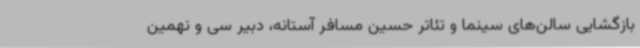
بازگشایی سالن‌های سینما و تئاتر حسین مسافر آستانه، دبیر سی و نهمین